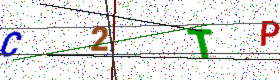
Text: C2TP